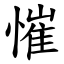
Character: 慛